Vaccination in the Punjab 1919-1929 - 1919-1929
Year: 1919
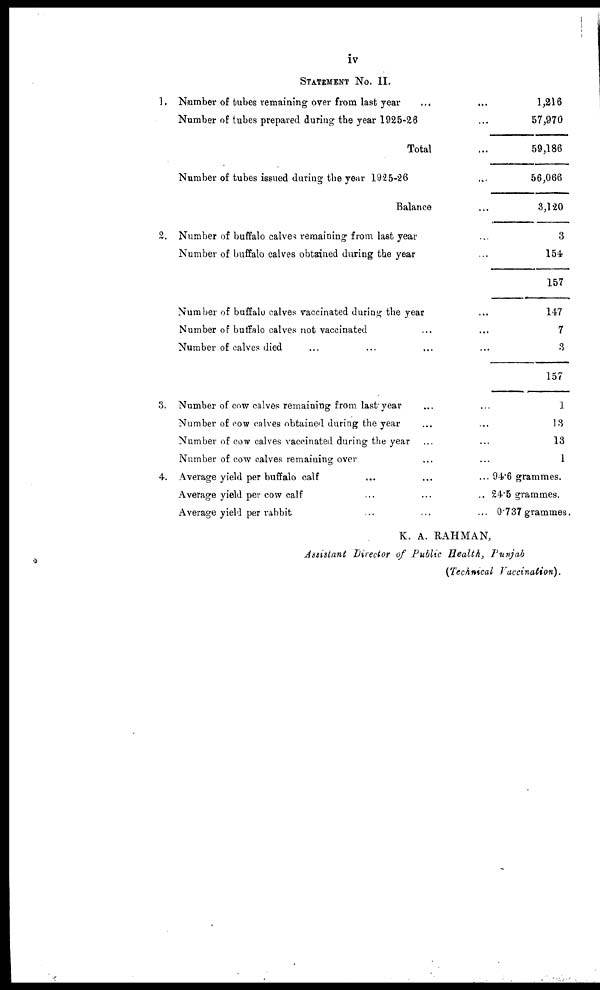
iv
STATEMENT No. II.
1.
2.
3.
4.
Number of tubes remaining over from last year .... ...
Number of tubes prepared during the year 1925-26 ...
Total ...
Number of tubes issued during the year 1925-26 ...
Balance ...
Number of buffalo calves remaining from last year ...
Number of buffalo calves obtained during the year ...
Number of buffalo calves vaccinated during the year ...
Number of buffalo calves not vaccinated ... ...
Number of calves died ... ... ... ...
Number of cow calves remaining from last year ... ...
Number of cow calves obtained during the year ... ..
Number of cow calves vaccinated during the year ... ...
Number of cow calves remaining over ... ... ...
Average yield per buffalo calf
...
...
...
Average yield per cow calf
...
...
..
Average yield per rabbit
...
...
...
1,216
57,970
59,186
56,066
3,120
3
154
157
147
7
3
157
1
13
13
1
94.6 grammes.
24.6 grammes.
0.737 grammes.
K. A. RAHMAN,
Assistant Director of Public Health, Punjab
(Technical Vaccination).